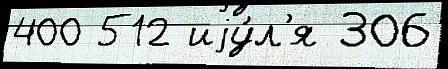
400 512 иjу́л'я 306